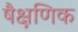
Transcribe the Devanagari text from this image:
षैक्षणिक